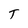
Character: T